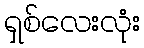
ရှစ်လေးလုံး